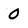
Character: 0